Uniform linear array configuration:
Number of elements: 12
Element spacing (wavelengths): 1
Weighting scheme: exponential
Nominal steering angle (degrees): -45
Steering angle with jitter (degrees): -43.087
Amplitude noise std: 0.05
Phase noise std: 0.05

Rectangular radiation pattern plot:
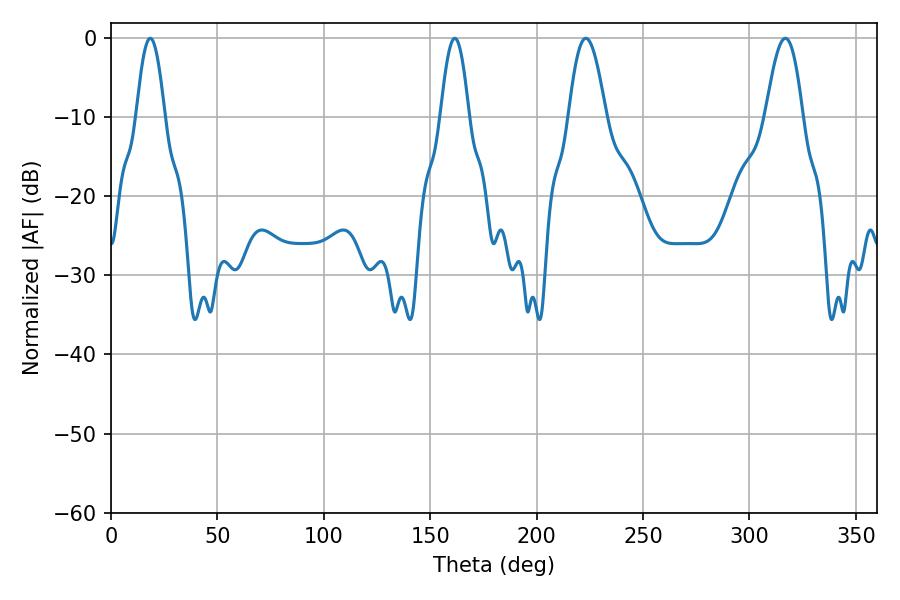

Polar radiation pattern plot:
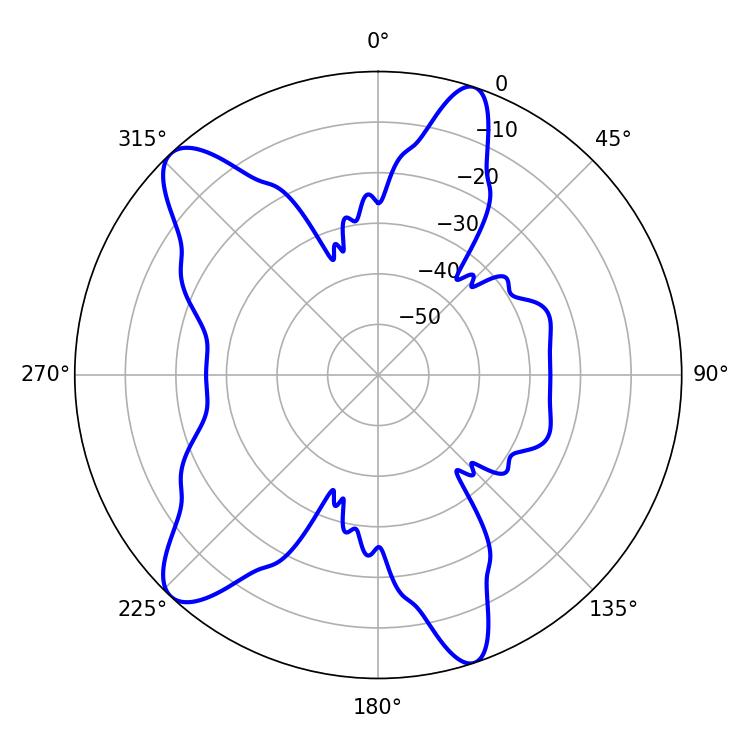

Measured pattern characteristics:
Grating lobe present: TRUE
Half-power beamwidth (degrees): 9.54
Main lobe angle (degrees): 223.2